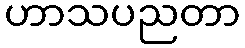
ဟာသပညတာ